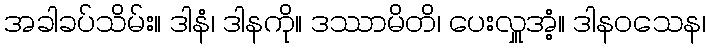
အခါခပ်သိမ်း။ ဒါနံ၊ ဒါနကို။ ဒဿာမိတိ၊ ပေးလှူအံ့။ ဒါနဝသေန၊